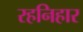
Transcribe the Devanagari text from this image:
रहनिहार